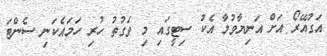
އަގުއޭރޯ އަށް އަނިޔާވުމާ އެކު ސިޓީގައި މި ވަގުތު ހުރި ހަމައެކަނި ސެންޓަ